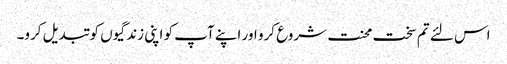
اس لئے تم سخت محنت شروع کرو اور اپنے آپ کو اپنی زندگیوں کو تبدیل کرو۔